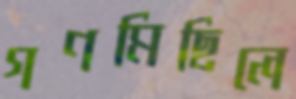
গণমিছিলে